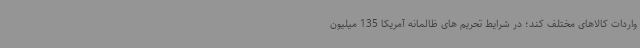
واردات کالاهای مختلف کند؛ در شرایط تحریم های ظالمانه آمریکا 135 میلیون